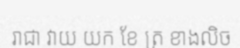
រាជា វាយ យក ខែ ត្រ ខាងលិច